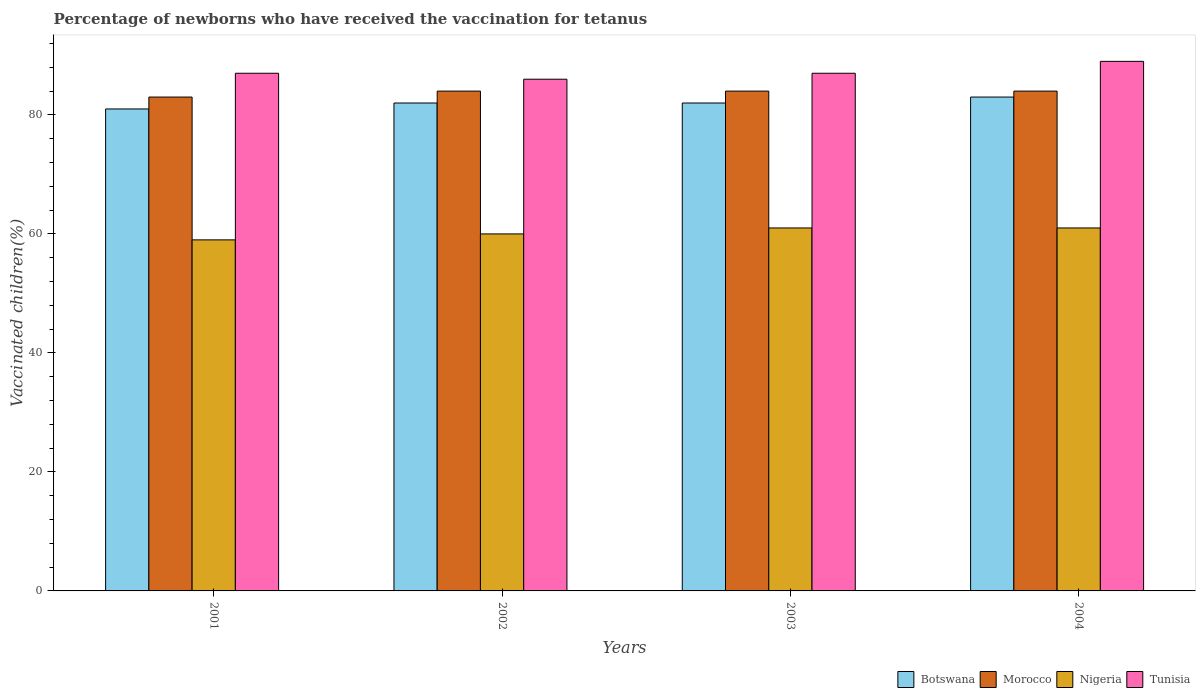
| Years | Botswana | Morocco | Nigeria | Tunisia |
 | --- | --- | --- | --- | --- |
 | 2001 | 81 | 83 | 59 | 87 |
 | 2002 | 82 | 84 | 60 | 86 |
 | 2003 | 82 | 84 | 61 | 87 |
 | 2004 | 83 | 84 | 61 | 89 |